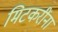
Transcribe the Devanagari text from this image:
मिटकरींना